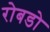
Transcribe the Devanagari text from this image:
रोबडो